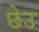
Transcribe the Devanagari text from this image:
छेउ